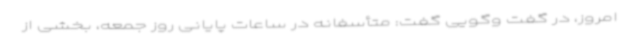
امروز، در گفت وگویی گفت: متأسفانه در ساعات پایانی روز جمعه، بخشی از